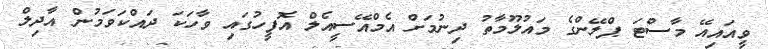
ވީއައިއޭ މާސްޓަ ޕްލޭންގެ މައުލޫމާތު ދިނުމަށް އެމްއޭސީއެލް އޮފީހުގައި ވާހަކަ ދައްކަވަމުން އާދިލް